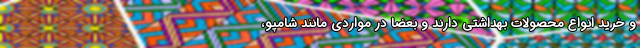
و خرید انواع محصولات بهداشتی دارند و بعضا در مواردی مانند شامپو،